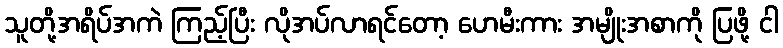
သူတို့အရိပ်အကဲ ကြည့်ပြီး လိုအပ်လာရင်တော့ ဟေမီးကား အမျိုးအစာကို ပြဖို့ ငါ